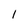
Character: 1